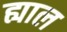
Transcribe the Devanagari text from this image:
ह्याल